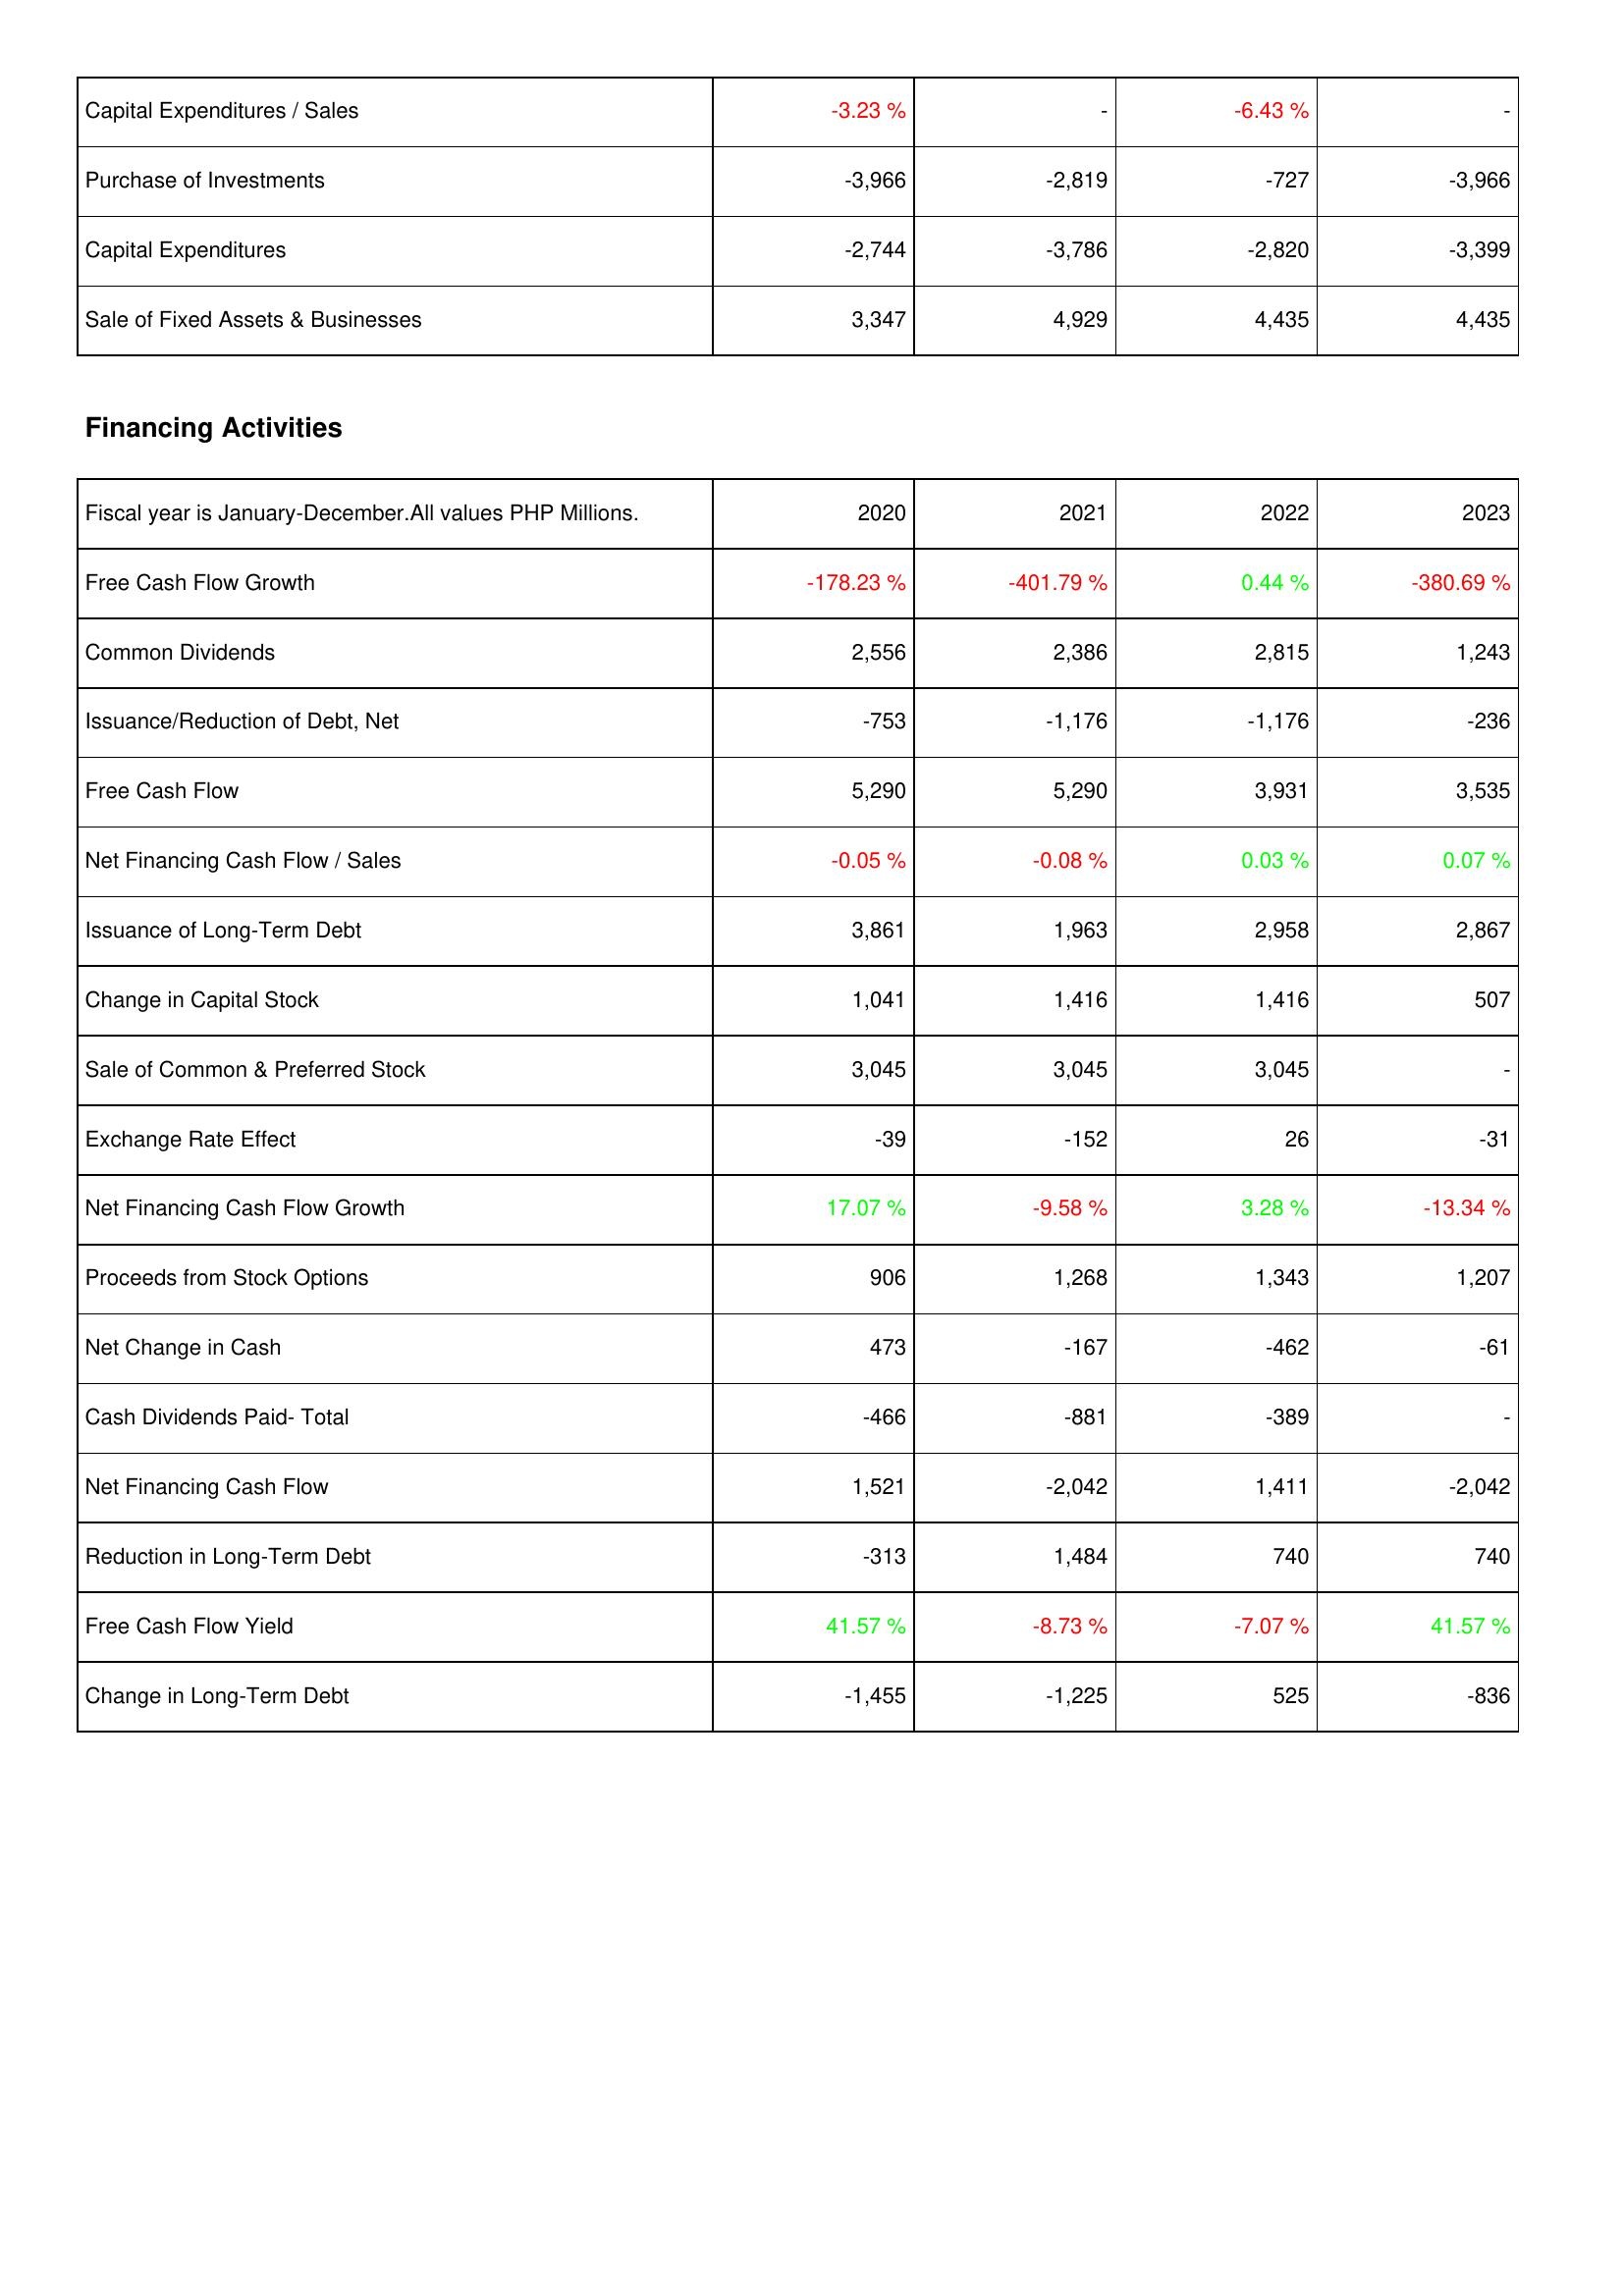
2020: Investing Activities: Capital Expenditures / Sales: -3.23 %
Purchase of Investments: -3,966
Capital Expenditures: -2,744
Sale of Fixed Assets & Businesses: 3,347
Financing Activities: Free Cash Flow Growth: -178.23 %
Common Dividends: 2,556
Issuance/Reduction of Debt, Net: -753
Free Cash Flow: 5,290
Net Financing Cash Flow / Sales: -0.05 %
Issuance of Long-Term Debt: 3,861
Change in Capital Stock: 1,041
Sale of Common & Preferred Stock: 3,045
Exchange Rate Effect: -39
Net Financing Cash Flow Growth: 17.07 %
Proceeds from Stock Options: 906
Net Change in Cash: 473
Cash Dividends Paid- Total: -466
Net Financing Cash Flow: 1,521
Reduction in Long-Term Debt: -313
Free Cash Flow Yield: 41.57 %
Change in Long-Term Debt: -1,455
2021: Investing Activities: Capital Expenditures / Sales: -
Purchase of Investments: -2,819
Capital Expenditures: -3,786
Sale of Fixed Assets & Businesses: 4,929
Financing Activities: Free Cash Flow Growth: -401.79 %
Common Dividends: 2,386
Issuance/Reduction of Debt, Net: -1,176
Free Cash Flow: 5,290
Net Financing Cash Flow / Sales: -0.08 %
Issuance of Long-Term Debt: 1,963
Change in Capital Stock: 1,416
Sale of Common & Preferred Stock: 3,045
Exchange Rate Effect: -152
Net Financing Cash Flow Growth: -9.58 %
Proceeds from Stock Options: 1,268
Net Change in Cash: -167
Cash Dividends Paid- Total: -881
Net Financing Cash Flow: -2,042
Reduction in Long-Term Debt: 1,484
Free Cash Flow Yield: -8.73 %
Change in Long-Term Debt: -1,225
2022: Investing Activities: Capital Expenditures / Sales: -6.43 %
Purchase of Investments: -727
Capital Expenditures: -2,820
Sale of Fixed Assets & Businesses: 4,435
Financing Activities: Free Cash Flow Growth: 0.44 %
Common Dividends: 2,815
Issuance/Reduction of Debt, Net: -1,176
Free Cash Flow: 3,931
Net Financing Cash Flow / Sales: 0.03 %
Issuance of Long-Term Debt: 2,958
Change in Capital Stock: 1,416
Sale of Common & Preferred Stock: 3,045
Exchange Rate Effect: 26
Net Financing Cash Flow Growth: 3.28 %
Proceeds from Stock Options: 1,343
Net Change in Cash: -462
Cash Dividends Paid- Total: -389
Net Financing Cash Flow: 1,411
Reduction in Long-Term Debt: 740
Free Cash Flow Yield: -7.07 %
Change in Long-Term Debt: 525
2023: Investing Activities: Capital Expenditures / Sales: -
Purchase of Investments: -3,966
Capital Expenditures: -3,399
Sale of Fixed Assets & Businesses: 4,435
Financing Activities: Free Cash Flow Growth: -380.69 %
Common Dividends: 1,243
Issuance/Reduction of Debt, Net: -236
Free Cash Flow: 3,535
Net Financing Cash Flow / Sales: 0.07 %
Issuance of Long-Term Debt: 2,867
Change in Capital Stock: 507
Sale of Common & Preferred Stock: -
Exchange Rate Effect: -31
Net Financing Cash Flow Growth: -13.34 %
Proceeds from Stock Options: 1,207
Net Change in Cash: -61
Cash Dividends Paid- Total: -
Net Financing Cash Flow: -2,042
Reduction in Long-Term Debt: 740
Free Cash Flow Yield: 41.57 %
Change in Long-Term Debt: -836